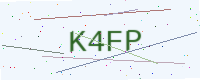
Text: K4FP